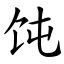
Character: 饨